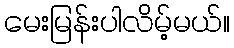
မေးမြန်းပါလိမ့်မယ်။